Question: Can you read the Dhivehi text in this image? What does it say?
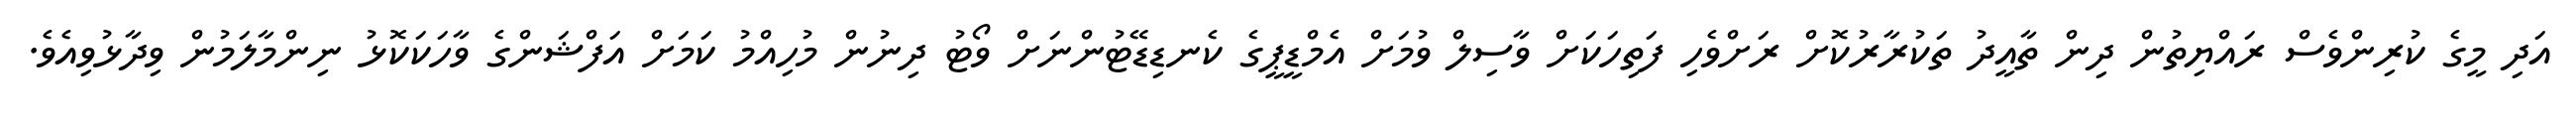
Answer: އަދި މީގެ ކުރިންވެސް ރައްޔިތުން ދިން ތާއީދު ތަކުރާރުކޮށް ރަށްވެހި ފަތިހަކަށް ވާސިލް ވުމަށް އެމްޑީޕީގެ ކެނޑިޑޭޓުންނަށް ވޯޓު ދިނުން މުހިއްމު ކަމަށް އަފްޝަންގެ ވާހަކަކޮޅު ނިންމާލަމުން ވިދާޅުވިއެވެ.